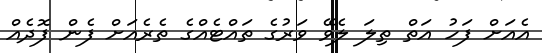
އެއަށް ފަހު އަތް ތިލަ ލެވޭ ވަރުގެ ތައްޓެއްގެ ތެރެއަށް ފެން ފޮދެއް